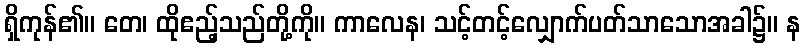
ရှိကုန်၏။ တေ၊ ထိုဧည့်သည်တို့ကို။ ကာလေန၊ သင့်တင့်လျှောက်ပတ်သာသောအခါ၌။ န